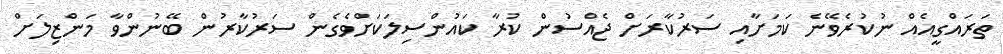
ތަރައްގީއެއް ނުކުރެވޭނެ ކަމަށާއި ސަރުކާރަށް ޖެއްސުން ކުރާ ކައުންސިލަކަށްވެގެން ސަރުކާރުން ބޭނުންވާ މަންޒިލަށް